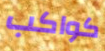
كواكب